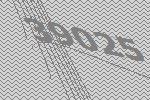
39025